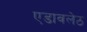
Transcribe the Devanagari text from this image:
एडावलेठ